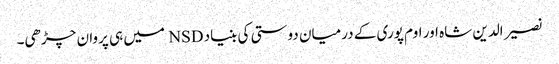
نصیر الدین شاہ اور اوم پوری کے درمیان دوستی کی بنیاد NSD میں ہی پروان چڑھی۔